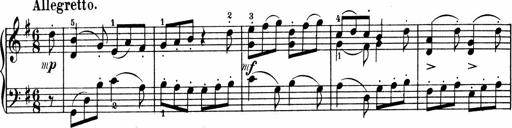
Title: 3 Sonatinen fÃ¼r Pianoforte
Composer: Fritz von Bose